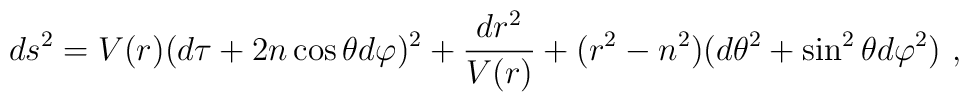
ds^2 = V(r) (d\tau + 2n\cos\theta d\varphi)^2+ {dr^2\over V(r)} + (r^2 -n^2)(d\theta^2+\sin^2\theta d\varphi^2)\ ,